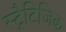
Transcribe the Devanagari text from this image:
स्ट्रैटिजिक